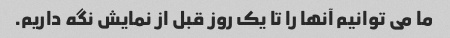
ما می توانیم آنها را تا یک روز قبل از نمایش نگه داریم.